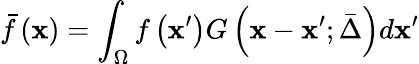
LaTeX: \bar{f}\left(\mathbf{x}\right)=\int_{\Omega}{f\left({\mathbf{{x}^{\prime}}}\right)G\left(\mathbf{x}-\mathbf{{x}^{\prime}};\bar{\Delta}\right)d\mathbf{{x}^{\prime}}}